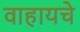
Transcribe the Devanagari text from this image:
वाहायचे